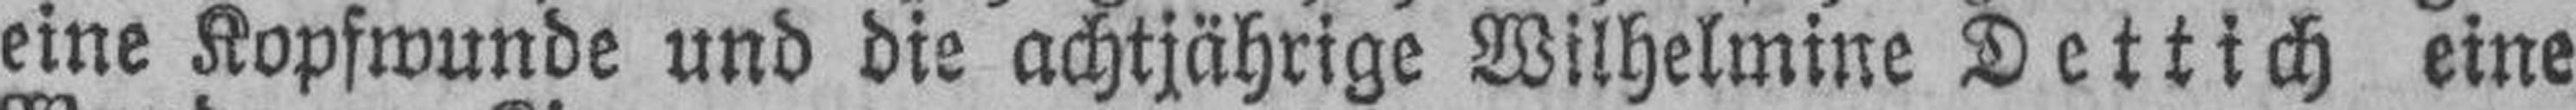
eine Kopfwunde und die achtjährige Wilhelmine Dettich eine